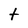
Character: t